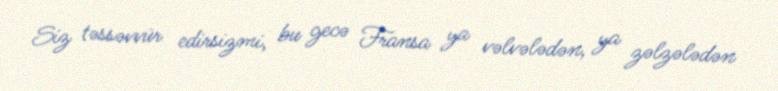
Siz təssəvvür edirsizmi, bu gecə Fransa ya vəlvələdən, ya zəlzələdən